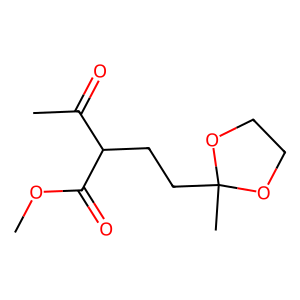
SMILES: COC(=O)C(CCC1(C)OCCO1)C(C)=O
Inhibits HIV replication: No